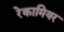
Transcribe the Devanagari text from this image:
रेकामियर